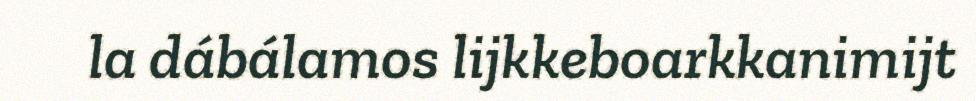
la dábálamos lijkkeboarkkanimijt